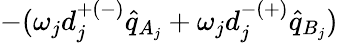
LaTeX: -(\omega_{j}d_{j}^{+(-)}\hat{q}_{A_{j}}+\omega_{j}d_{j}^{-(+)}\hat{q}_{B_{j}})